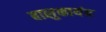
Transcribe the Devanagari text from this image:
बालुकायंत्र